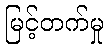
မြင့်တက်မှု